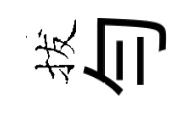
拔勻